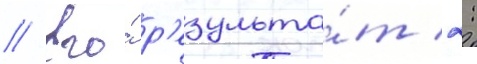
// Его́ р'езульта́т 2: